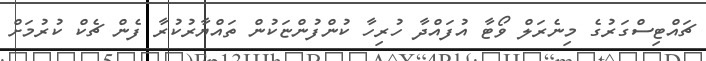
ޗައްޓިސްގަރުގެ މިނެރަލް ވޯޓާ އުފައްދާ ހުރިހާ ކުންފުންޏަކުން ތައްޔާރުކުރާ ފެން ޗެކް ކުރުމަށް